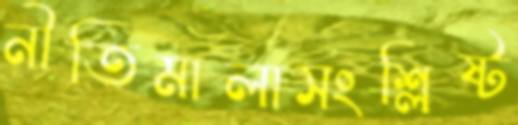
নীতিমালাসংশ্লিষ্ট